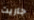
جاريت